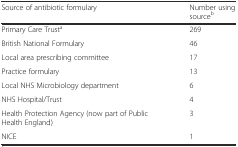
| Source of antibiotic formulary | Number using sourceb |
 | --- | --- |
 | Primary Care Trusta | 269 |
 | British National Formulary | 46 |
 | Local area prescribing committee | 17 |
 | Practice formulary | 13 |
 | Local NHS Microbiology department | 6 |
 | NHS Hospital/Trust | 4 |
 | Health Protection Agency (now part of Public Health England) | 3 |
 | NICE | 1 |